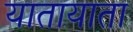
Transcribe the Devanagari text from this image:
यातायाता